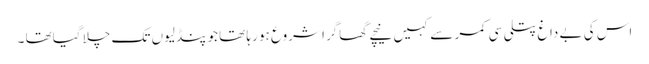
اس کی بے داغ پتلی سی کمر سے کہیں نیچے گھاگرا شروع ہو رہا تھا جو پنڈلیوں تک چلا گیاتھا ۔